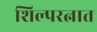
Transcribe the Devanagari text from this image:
शिल्परत्नात